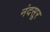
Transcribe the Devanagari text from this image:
नंदसूर